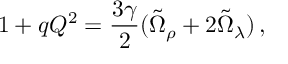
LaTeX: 1 + q Q ^ { 2 } = \frac { 3 \gamma } { 2 } ( \tilde { \Omega } _ { \rho } + 2 \tilde { \Omega } _ { \lambda } ) \, ,